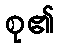
စု၏